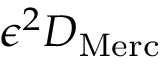
\epsilon ^ { 2 } D _ { \mathrm { M e r c } }